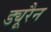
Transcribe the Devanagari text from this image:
ड्यूरैन